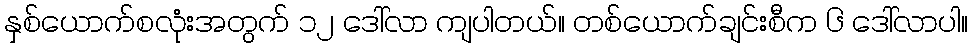
နှစ်ယောက်စလုံးအတွက် ၁၂ ဒေါ်လာ ကျပါတယ်။ တစ်ယောက်ချင်းစီက ၆ ဒေါ်လာပါ။